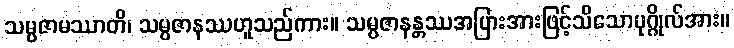
သမ္ပဇာမဿာတိ၊ သမ္ပဇာနဿဟူသည်ကား။ သမ္ပဇာနန္တဿအပြားအားဖြင့်သိသောပုဂ္ဂိုလ်အား။